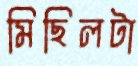
মিছিলটা